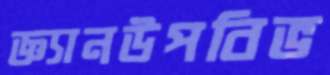
জ্ঞ্যানউপবিভ